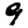
Digit: 9